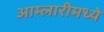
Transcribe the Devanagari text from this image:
आम्लारीमध्ये